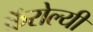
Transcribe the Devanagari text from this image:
कॅरोल्यी